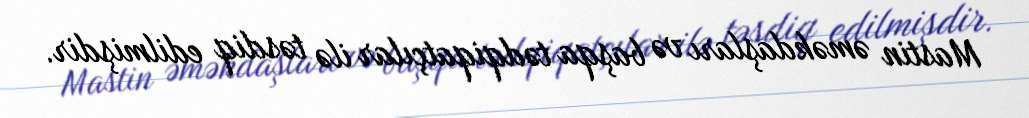
Mastin əməkdaşları və başqa tədqiqatçılar ilə təsdiq edilmişdir.